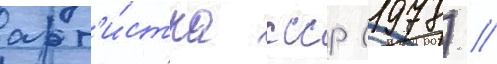
арт'и́стка ссср (1978) //